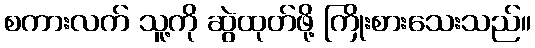
စကားလက် သူ့ကို ဆွဲထုတ်ဖို့ ကြိုးစားသေးသည်။